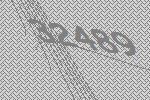
32489